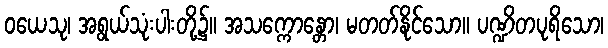
ဝယေသု၊ အရွယ်သုံးပါးတို့၌။ အသက္ကောန္တော၊ မတတ်နိုင်သော။ ပဏ္ဍိတပုရိသော၊